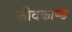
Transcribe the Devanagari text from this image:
जीवकाण्ड